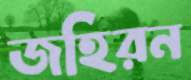
জহিরন